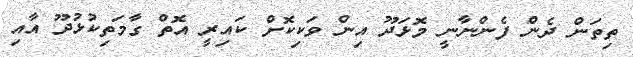
ތިތަން ދެން ފެންނާނީ މޮޅަދޫ އިން ވަކިކޮށް ކައިރީ އޮތް ގާމަތިކުޅުދޫ އާއި